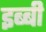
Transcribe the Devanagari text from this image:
इब्बी